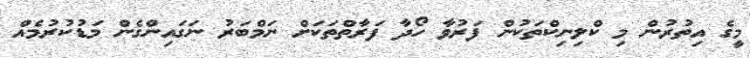
މީގެ އިތުރުން މި ކްލިނިކްތަކުން ފަރުވާ ހޯދާ ފަރާތްތަކަށް ނަމްބަރު ނަގައިންގެން މަޑުކުރުމެއް